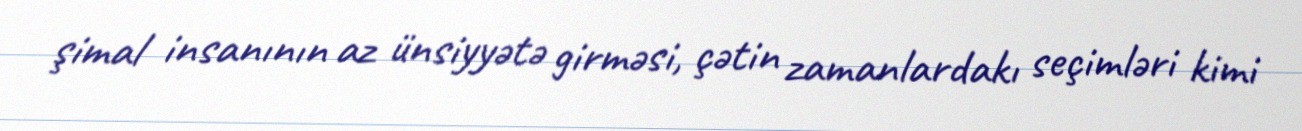
şimal insanının az ünsiyyətə girməsi, çətin zamanlardakı seçimləri kimi